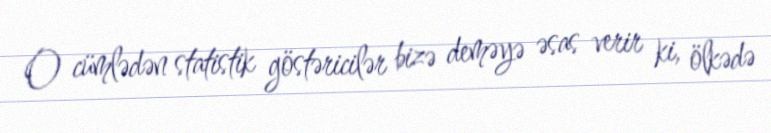
O cümlədən statistik göstəricilər bizə deməyə əsas verir ki, ölkədə